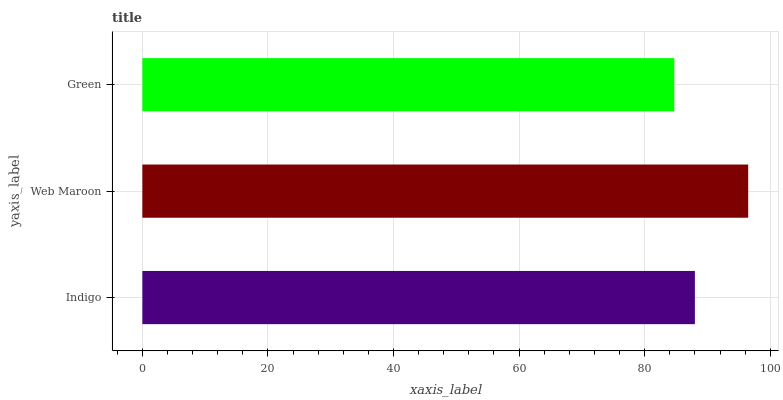
| yaxis_label | bars |
 | --- | --- |
 | Indigo | 88 |
 | Web Maroon | 96.5 |
 | Green | 84.7 |